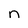
Character: n